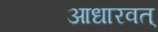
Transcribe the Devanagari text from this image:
आधारवत्